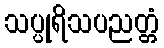
သပ္ပုရိသပညတ္တံ